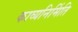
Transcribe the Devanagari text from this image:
काव्यनिर्मिति